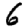
Digit: 6